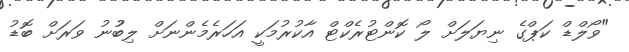
"ވޯލްޑް ކަޕްގެ ނިޔަލަށް ލޯ ކޮންޓުރެކްޓް އާކުރުމަކީ އަހަރެމެންނަށް ލިބުުނު ވަރަށް ބޮޑު